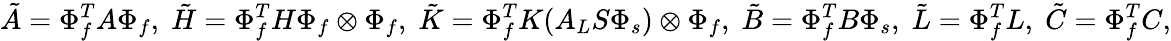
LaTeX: \tilde{A}=\Phi_{f}^{T}A\Phi_{f},\; \tilde{H}=\Phi_{f}^{T}H\Phi_{f}\otimes\Phi_{f},\; \tilde{K}=\Phi_{f}^{T}K(A_{L}S\Phi_{s})\otimes\Phi_{f},\; \tilde{B}=\Phi_{f}^{T}B\Phi_{s},\; \tilde{L}=\Phi_{f}^{T}L,\; \tilde{C}=\Phi_{f}^{T}C,